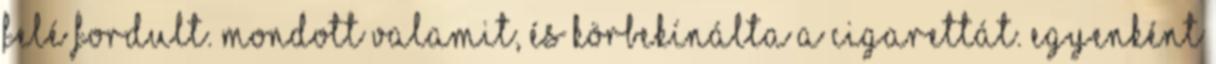
felé fordult. Mondott valamit, és körbekínálta a cigarettát. Egyenként